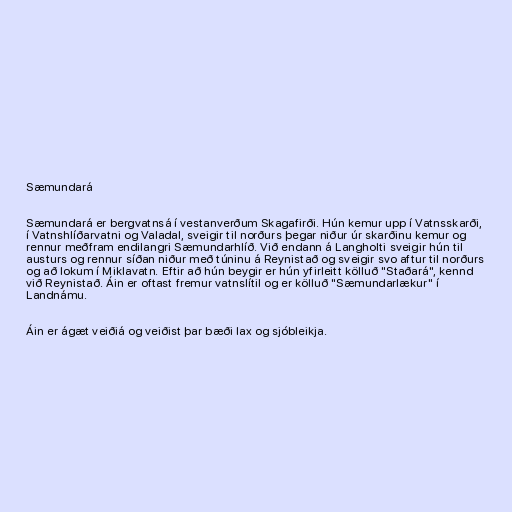
Sæmundará

Sæmundará er bergvatnsá í vestanverðum Skagafirði. Hún kemur upp í Vatnsskarði,
í Vatnshlíðarvatni og Valadal, sveigir til norðurs þegar niður úr skarðinu kemur og
rennur meðfram endilangri Sæmundarhlíð. Við endann á Langholti sveigir hún til
austurs og rennur síðan niður með túninu á Reynistað og sveigir svo aftur til norðurs
og að lokum í Miklavatn. Eftir að hún beygir er hún yfirleitt kölluð "Staðará", kennd
við Reynistað. Áin er oftast fremur vatnslítil og er kölluð "Sæmundarlækur" í
Landnámu.

Áin er ágæt veiðiá og veiðist þar bæði lax og sjóbleikja.